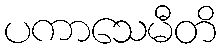
ပကာသေမီတိ